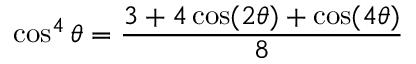
\cos ^ { 4 } \theta = { \frac { 3 + 4 \cos ( 2 \theta ) + \cos ( 4 \theta ) } { 8 } }